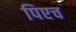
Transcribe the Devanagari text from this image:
पिएच